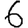
Digit: 6